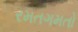
રમતગમતો